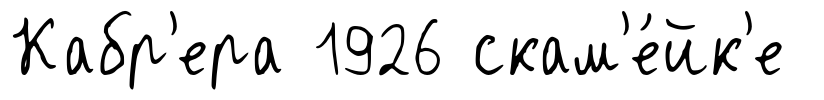
Кабр'ера 1926 скам'е́йк'е